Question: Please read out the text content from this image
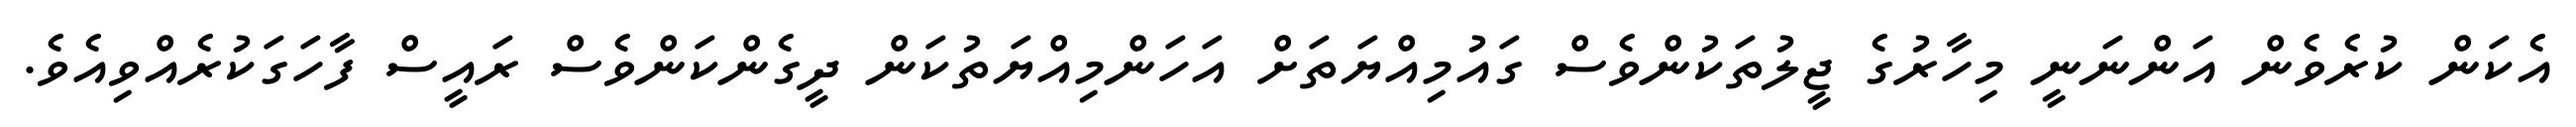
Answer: އެކަން ކުރެވެން އަންނަނީ މިހާރުގެ ޖީލުތަކުންވެސް ގައުމިއްޔަތަށް އަހަންމިއްޔަތުކަން ދީގެންކަންވެސް ރައީސް ފާހަގަކުރެއްވިއެވެ.